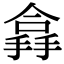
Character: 搻